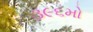
૩૯૬મો